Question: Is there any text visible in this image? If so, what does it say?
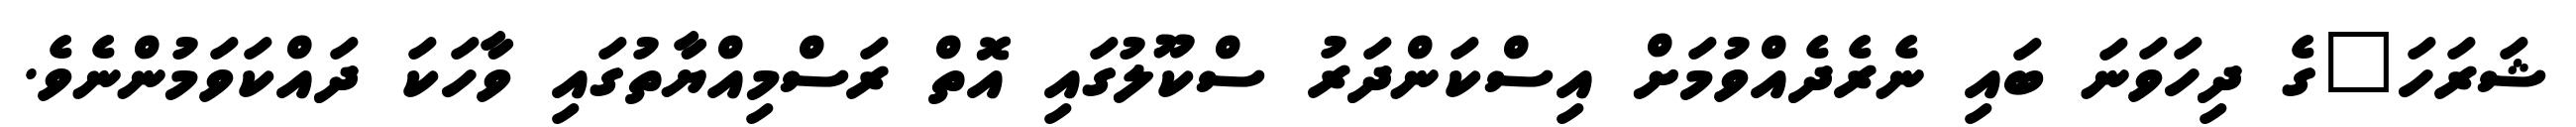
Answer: ޝަރަހަ"ގެ ދިހަވަނަ ބައި ނެރެދެއްވުމަށް އިސްކަންދަރު ސްކޫލުގައި އޮތް ރަސްމިއްޔާތުގައި ވާހަކަ ދައްކަވަމުންނެވެ.